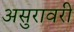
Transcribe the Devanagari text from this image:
असुरावरी